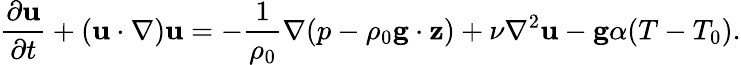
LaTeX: {\frac{\partial\mathbf{u}}{\partial t}}+\left(\mathbf{u}\cdot\nabla\right)\mathbf{u}=-{\frac{1}{\rho_{0}}}\nabla(p-\rho_{0}\mathbf{g}\cdot\mathbf{z})+\nu\nabla^{2}\mathbf{u}-\mathbf{g}\alpha(T-T_{0}).